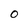
Character: 0